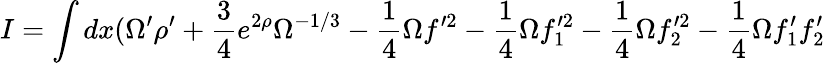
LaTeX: I=\int dx(\Omega^{\prime}\rho^{\prime}+\frac{3}{4}e^{2\rho}\Omega^{-1/3}-\frac{1}{4}\Omega f^{\prime 2}-\frac{1}{4}\Omega f_{1}^{\prime 2}-\frac{1}{4}\Omega f_{2}^{\prime 2}-\frac{1}{4}\Omega f_{1}^{\prime}f_{2}^{\prime}